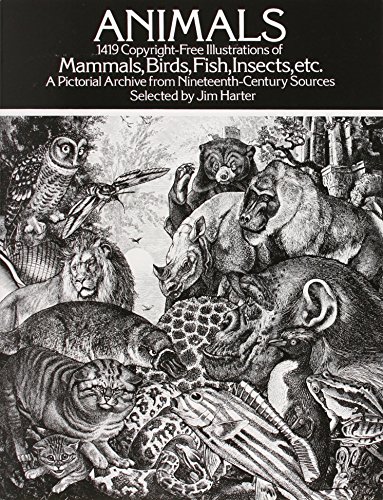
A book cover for Animals: 1,419 Copyright-Free Illustrations of Mammals, Birds, Fish, Insects, etc (Dover Pictorial Archive); Arts & Photography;